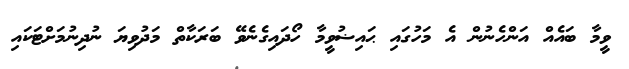
ވީމާ ބައެއް އަންހެނުން އެ މަހުގައި ޙައިޟުވީމާ ހޯދައިގެނެވޭ ބަރަކާތް މަދުވިޔަ ނުދިނުމަށްޓަކައި